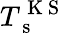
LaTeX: T_{\mathrm{~s~}}^{\mathrm{~K~S~}}